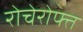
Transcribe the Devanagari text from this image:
रोचेरोफ्त